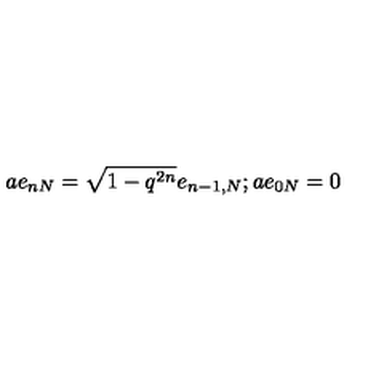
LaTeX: a e _ { n N } = \sqrt { 1 - q ^ { 2 n } } e _ { n - 1 , N } ; a e _ { 0 N } = 0